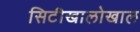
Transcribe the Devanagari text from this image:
सिटीखालोखाल